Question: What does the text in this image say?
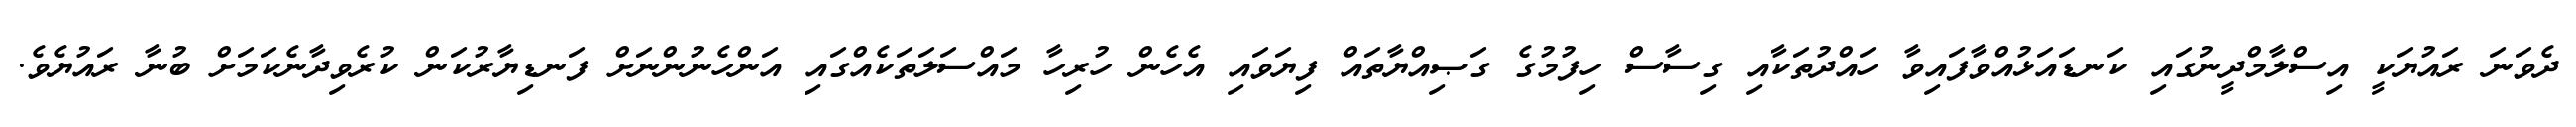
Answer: ދެވަނަ ރައުޔަކީ އިސްލާމްދީނުގައި ކަނޑައަޅުއްވާފައިވާ ހައްދުތަކާއި ގިސާސް ހިފުމުގެ ގަޞިއްޔާތައް ފިޔަވައި އެހެން ހުރިހާ މައްސަލަތަކެއްގައި އަންހެނުންނަށް ފަނޑިޔާރުކަން ކުރެވިދާނެކަމަށް ބުނާ ރައުޔެވެ.